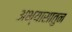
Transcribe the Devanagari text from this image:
अभ्यासातुन